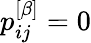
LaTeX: p_{ij}^{\left[\beta\right]}=0